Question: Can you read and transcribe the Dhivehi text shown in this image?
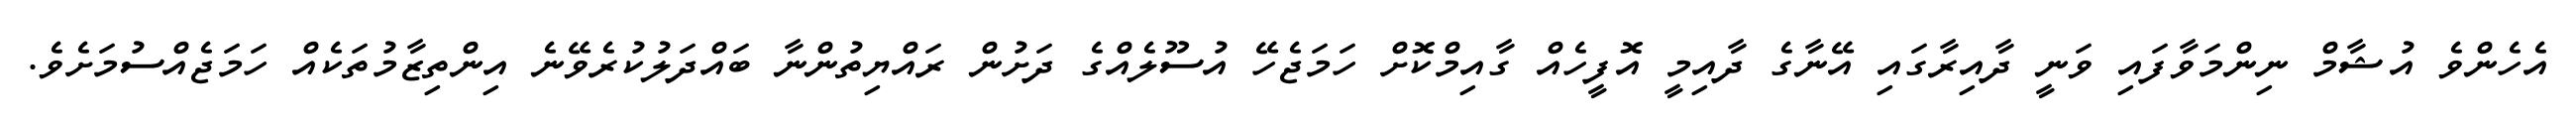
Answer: އެހެންވެ އުޝާމް ނިންމަވާފައި ވަނީ ދާއިރާގައި އޭނާގެ ދާއިމީ އޮފީހެއް ގާއިމްކޮށް ހަމަޖެހޭ އުސޫލެއްގެ ދަށުން ރައްޔިތުންނާ ބައްދަލުކުރެވޭނެ އިންތިޒާމުތަކެއް ހަމަޖެއްސުމަށެވެ.